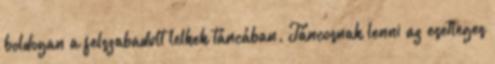
boldogan a felszabadult lelkek táncában. Táncosnak lenni az esetleges